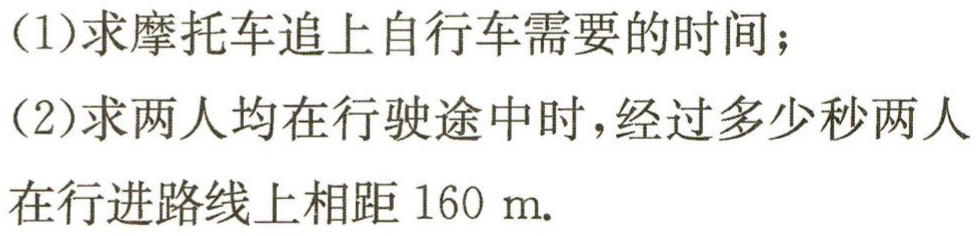
(1)求摩托车追上自行车需要的时间；
(2)求两人均在行驶途中时，经过多少秒两人在行进路线上相距$160\ m$.